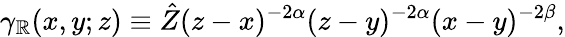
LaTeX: \gamma_{\mathbb{R}}(x,y;z)\equiv\hat{{Z}}(z-x)^{-2\alpha}(z-y)^{-2\alpha}(x-y)^{-2\beta},